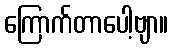
ကြောက်တာပေါ့ဗျာ။